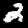
Label: 2